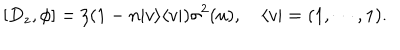
[ D _ { z } , \phi ] = \zeta ( 1 - n | v \rangle \langle v | ) \sigma ^ { 2 } ( u ) , \quad \langle v | = ( 1 , \cdots , 1 ) .